King Institute of Preventive Medicine Micro-Biological Section reports 1912-19
Year: 1912
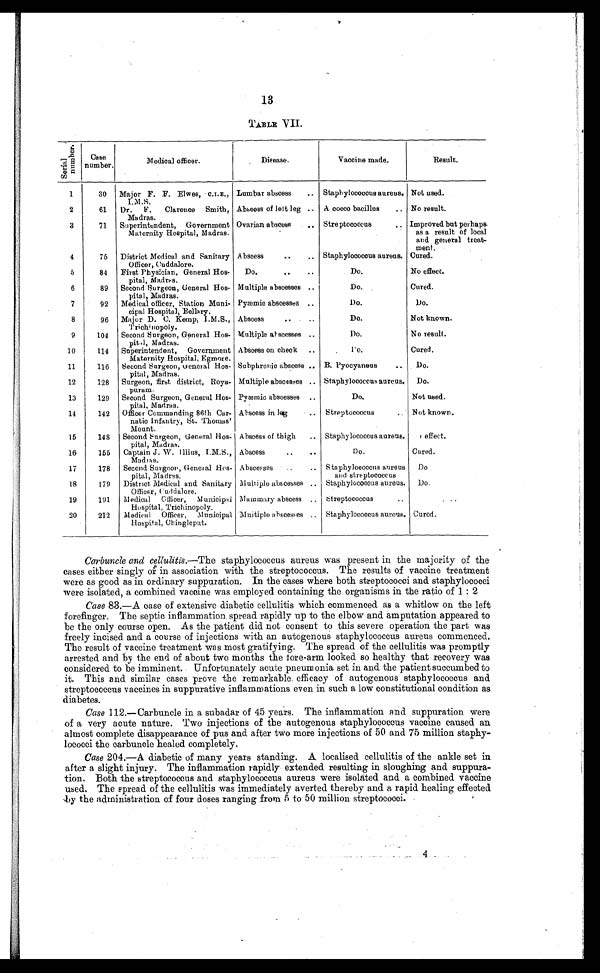
13
TABLE VII.
S e r i a l n u m b e r .
Case
number.
Medical officer.
Disease.
Vaccine made.
Result.
1
30
Major F. F. Elwes, • C.I.E.,
I.M. S.
Lumbar abscess
.. Staphylococcus aureus. Not used.
2
61
Dr. F. Clarence Smith
, Madras.
Abscess of left leg .. A cocco bacillus
.. No result.
3
71
Superintendent, Government
Maternity Hospital, Madras.
Ovarian abscess
., Streptococcus
, . Improved but perhaps
as a result of local
and general treat
¬ment.
4
75
District Medical and Sanitary
Officer, Cuddalore.
Abscess
... ...
Staphylococcus aureus. Cured.
5
84
First Physician, General Hos
¬pital, Madras.
Do.
.. ..
Do.
No effect.
6
89
Second Surgeon, General Hos
¬pital, Madras.
Multiple abscesses ..
Do.
Cured.
7
92
Medical officer, Station Muni
¬cipal Hospital, Bellary.
Pyæmic abscesses ..
Do.
Do.
8
96
Major D. C. Kemp, I.M.S .,
Trichinopoly.
Abscess
..
Do.
Not known.
9
104
Second Surgeon, General Hos
¬pital, Madras.
Multiple abscesses ..
Do.
No result.
10
114
Superintendent, Government
Maternity Hospital, Egmore.
Abscess on check
..
Do.
Cured.
11
116
Second Surgeon, General Hos
¬pital, Madras.
Subphrenic abscess .. B. Pyocyaneus
..
Do.
12
128
Surgeon, first district, Roya
¬puram
Multiple abscesses .. Staphylococcus aureus.
Do.
13
129
Second Surgeon, General Hos
¬pital, Madras.
Pyæmic abscesses ..
Do.
Not used.
14
142
Officer Commanding 86th Car
¬natic Infantry, St. Thomas'
Mount.
Abscess in leg
Streptococcus
.. Not known.
15
148
Second Surgeon, General Hos
¬pital, Madras.
Abscess of thigh
.. . Staphylococcus aureus.
effect.
16
155
Captain J. W. Illius, I.M.S.,
Madras.
Abscess
..
.. •
D o.
Cured.
17
178
Second. Surgeon, General Hos
¬pital, Madras.
Abscesses
..
.. Staphylococcus aureus
and streptococcus
Do
18
179
District Medical and. Sanitary
Officer, Cuddalore.
Multiple abscesses .. Staphylococcus aureus.
Do.
19
191
M edical Officer, Municip
al Hospital, Trichinopoly.
Mammary abscess .. streptococcus
..
. . .
20
212
Medical Officer, Municipal
Hospital, Chingleput.
Multiple abscesses .. Staphylococcus aureus. Cured..
Carbuncle and cellulitis.—The staphylococcus aureus was present in the majority of the
cases either singly of in association with the streptococcus. The results of vaccine treatment
were as good as in ordinary suppuration. In the cases where both streptococci and staphylococci
were isolated, a combined vaccine was employed containing the organisms in the ratio of 1:2
Case 83.—A case of extensive diabetic cellulitis which commenced as a whitlow on the left
forefinger. The septic inflammation spread rapidly up to the elbow and amputation appeared to
be the only course open. As the patient did not consent to this severe operation the part was
freely incised and a course of injections with an autogenous staphylococcus aureus commenced.
The result of vaccine treatment was most gratifying. The spread of the cellulitis was promptly
arrested and by the end of about two months the fore-arm looked so healthy that recovery was
considered to be imminent. Unfortunately acute pneumonia set in and the patient succumbed to
it. This and similar cases prove the remarkable efficacy of autogenous staphylococcus and
streptococcus vaccines in suppurative inflammations even in such a low constitutional condition as
diabetes.
Case 112.—Carbuncle in a subadar of 45 years. The inflammation and suppuration were
of a very acute nature. Two injections of the autogenous staphylococcus vaccine caused an
almost complete disappearance of pus and after two more injections of 50 and 75 million staphy-
lococci the carbuncle healed completely.
Case 204.—A diabetic of many years standing. A localised cellulitis of the ankle set in
after a slight injury. The inflammation rapidly extended resulting in sloughing and suppura-
tion. Both the streptococcus and staphylococcus aureus were isolated and a combined vaccine
used. The spread of the cellulitis was immediately averted thereby and a rapid healing effected
by the administration of four doses ranging from 5 to 50 million streptococci.
4